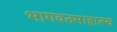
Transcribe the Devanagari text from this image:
भागवतमाहात्म्य